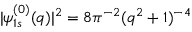
| \psi _ { 1 s } ^ { ( 0 ) } ( q ) | ^ { 2 } = { 8 } \pi ^ { - 2 } ( q ^ { 2 } + 1 ) ^ { - 4 }